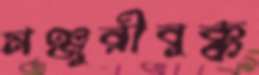
মঞ্জুরীবুক্ক